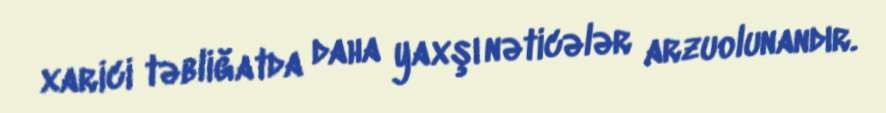
xarici təbliğatda daha yaxşı nəticələr arzuolunandır.